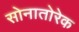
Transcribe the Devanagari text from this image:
सोनातोरेक